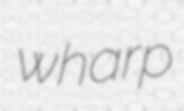
wharp